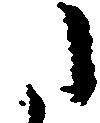
た